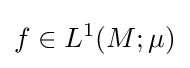
f\in L^{1}(M;\mu )